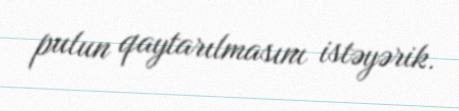
pulun qaytarılmasını istəyərik.